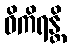
ဝိကိရန္တိ